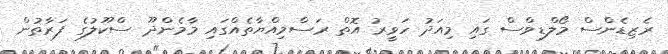
ރެޒިޑެންސް މޯލްޑިވްސް ގައި މިއަދު ހަވީރު އޮތް ރަސްމިއްޔާތެއްގައި މާމެންދޫ ސްކޫލުގެ ފަރާތުން